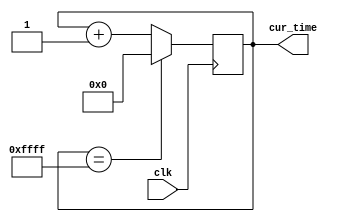
module timekeeper (
	input clk,    // Clock
	output[15:0] cur_time	
);
    reg [15:0] out;
    wire [15:0] out_next;
    
    initial out =  0;
    assign out_next = (out == 16'b1111111111111111) ? 0 : out + 1;
    always @(posedge clk) out <= out_next;
    assign cur_time = out;
endmodule